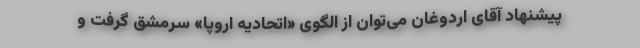
پیشنهاد آقای اردوغان می‌توان از الگوی «اتحادیه اروپا» سرمشق گرفت و